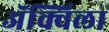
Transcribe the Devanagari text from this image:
ॲक्विला